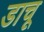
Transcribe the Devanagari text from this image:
डाचू